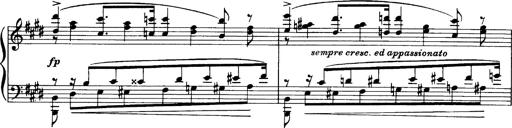
Title: OuvertÃ¼re zu TannhÃ¤user
Composer: Franz Liszt